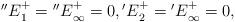
LaTeX: \begin{align*}\begin{aligned}{''E}^{+}_{1}={{''E}^{+}_{\infty}}=0, {{'E}^{+}_{2}}={{'E}^{+}_{\infty}}=0,\end{aligned}\end{align*}